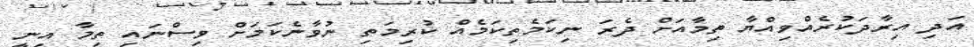
އަދި އިރާދަކުރެއްވިއްޔާ ތިމާއަށް ދެރަ ނިކަމެތިކަމެއް ކުރިމަތި ނުވާނެކަމަށް ވިސްނައި ތިމާ އިނީ